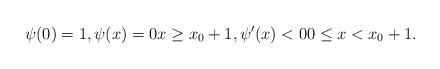
LaTeX: \begin{align*}\psi(0)=1, \psi(x)=0 x\ge x_0+1, \psi'(x)<0 0\le x<x_0+1.\end{align*}